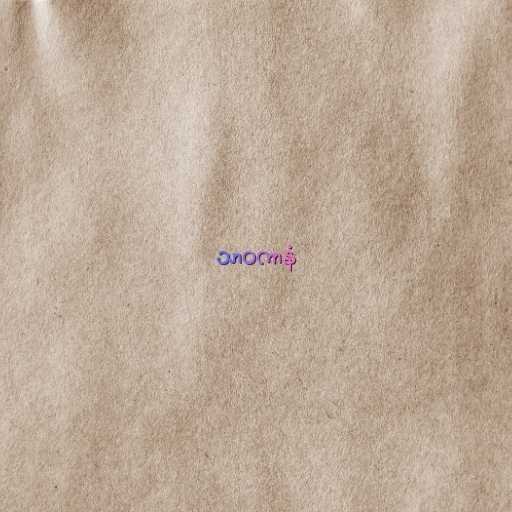
သာဝကာနံ